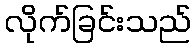
လိုက်ခြင်းသည်